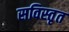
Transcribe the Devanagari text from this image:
सविस्तृत